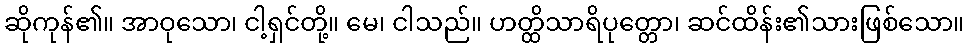
ဆိုကုန်၏။ အာဝုသော၊ ငါ့ရှင်တို့။ မေ၊ ငါသည်။ ဟတ္ထိသာရိပုတ္တော၊ ဆင်ထိန်း၏သားဖြစ်သော။